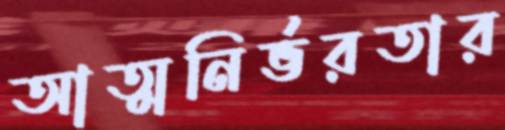
আত্মনির্ভরতার